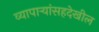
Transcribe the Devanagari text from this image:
व्यापार्‍यांसहदेखील